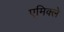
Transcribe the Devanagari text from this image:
एमिक्ले